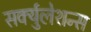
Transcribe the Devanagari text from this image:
सर्क्युलेशन्स